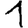
Digit: 1